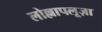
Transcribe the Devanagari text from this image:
लोल्लापलूज़ा